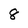
Character: 8